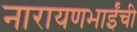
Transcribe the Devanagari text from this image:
नारायणभाईंची